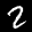
Label: 2